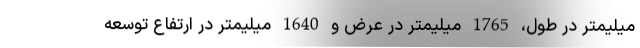
میلیمتر در طول، 1765 میلیمتر در عرض و 1640 میلیمتر در ارتفاع توسعه